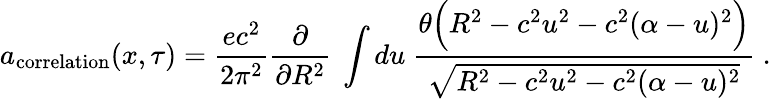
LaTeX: a_{\mathrm{correlation}}(x,\tau)=\frac{ec^{2}}{2\pi^{2}}\frac{\partial}{\partial R^{2}}\ \int du\ \frac{\theta\Bigl(R^{2}-c^{2}u^{2}-c^{2}(\alpha-u)^{2}\Bigr)}{\sqrt{R^{2}-c^{2}u^{2}-c^{2}(\alpha-u)^{2}}}\ .